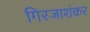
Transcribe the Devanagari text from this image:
गिरजाशंकर